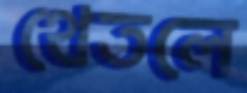
থেতলে